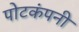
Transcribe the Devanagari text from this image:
पोटकंपनी